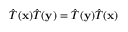
{ \hat { T } } ( \mathbf { x } ) { \hat { T } } ( \mathbf { y } ) = { \hat { T } } ( \mathbf { y } ) { \hat { T } } ( \mathbf { x } )